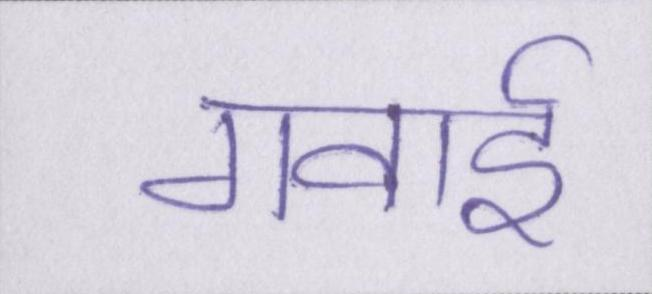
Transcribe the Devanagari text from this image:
गवाई